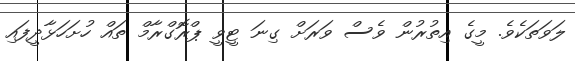
ލަވަތަކެވެ. މީގެ އިތުރުން ވެސް ވަރަށް ގިނަ ޓީވީ ޕްރޮގްރާމް ތައް ހުށަހަޅާދީފައި